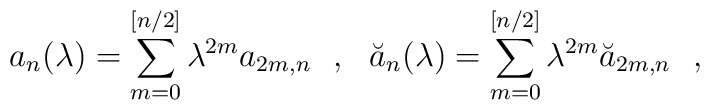
a_n(\lambda)=\sum_{m=0}^{[n/2]}\lambda^{2m}a_{2m,n}~~,~~\breve{a}_n(\lambda)=\sum_{m=0}^{[n/2]}\lambda^{2m}\breve{a}_{2m,n}~~,